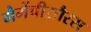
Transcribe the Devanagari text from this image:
मैमेंचीसौरस